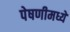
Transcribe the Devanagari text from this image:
पेषणीमध्ये